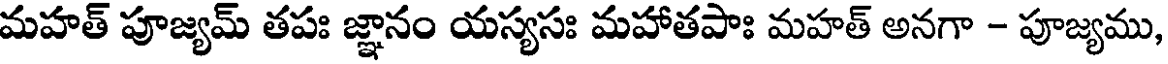
మహత్ పూజ్యమ్ తపః జ్ఞానం యస్యసః మహాతపాః మహత్ అనగా - పూజ్యము,